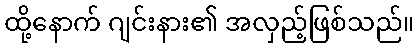
ထို့နောက် ဂျင်းနား၏ အလှည့်ဖြစ်သည်။